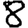
Digit: 8